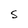
Character: S